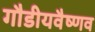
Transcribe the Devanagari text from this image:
गौडीयवैष्णव